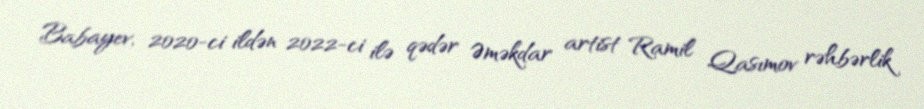
Babayev, 2020-ci ildən 2022-ci ilə qədər Əməkdar artist Ramil Qasımov rəhbərlik